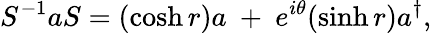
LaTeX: S^{-1}aS=(\cosh r)a~+~e^{i\theta}(\sinh r)a^{\dagger},